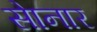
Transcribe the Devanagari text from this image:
साेनार